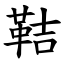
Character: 鞊